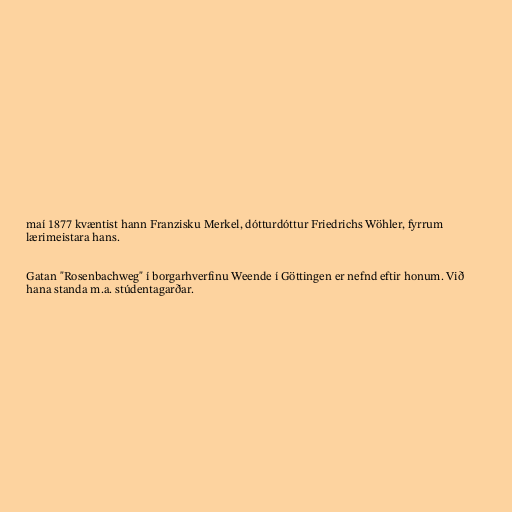
maí 1877 kvæntist hann Franzisku Merkel, dótturdóttur Friedrichs Wöhler, fyrrum
lærimeistara hans.

Gatan "Rosenbachweg" í borgarhverfinu Weende í Göttingen er nefnd eftir honum. Við
hana standa m.a. stúdentagarðar.